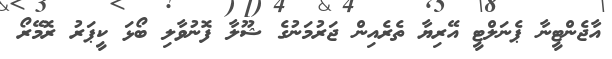
އާޖެންޓީނާ ޕެނަލްޓީ އޭރިޔާ ތެރެއިން ޖަރުމަނުގެ ޝޫލާ ފޮނުވާލި ބޯޅަ ކީޕަރު ރޮމޭރޯ